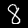
Digit: 8